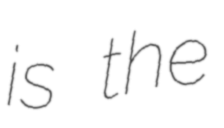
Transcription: is the